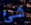
شئ